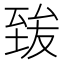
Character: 𦥀